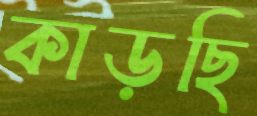
কাড়ছি